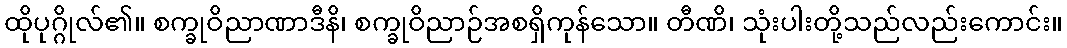
ထိုပုဂ္ဂိုလ်၏။ စက္ခုဝိညာဏာဒီနိ၊ စက္ခုဝိညာဉ်အစရှိကုန်သော။ တီဏိ၊ သုံးပါးတို့သည်လည်းကောင်း။